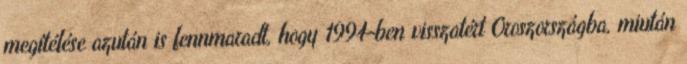
megítélése azután is fennmaradt, hogy 1994-ben visszatért Oroszországba, miután